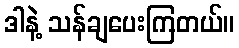
ဒါနဲ့ သန်ချပေးကြတယ်။